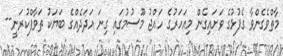
މާތްވެގެންވާ ގެފުޅުގެ ވަށައިގެން މިއަހަރުގެ ހައްޖު މޫސުމުގައި ގިނަ އަދަދެއްގެ ބަޔަކު ޠަވާފްކުރަނީ--